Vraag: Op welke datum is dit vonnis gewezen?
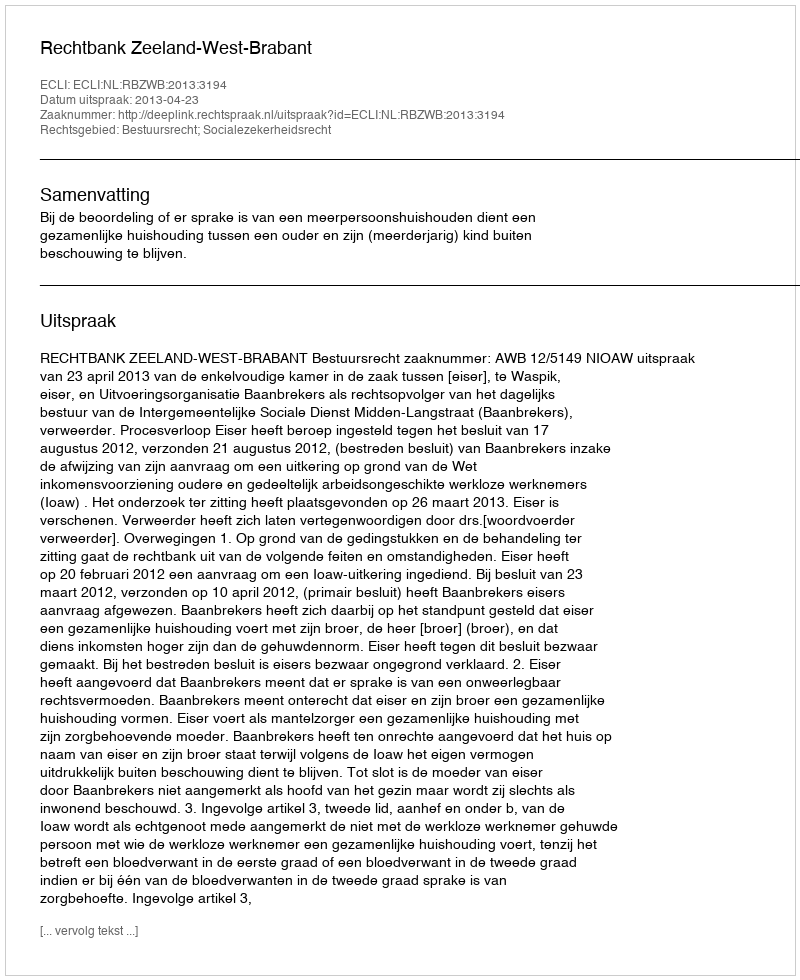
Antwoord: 2013-04-23